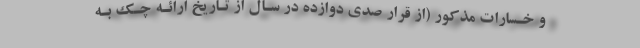
و خـسارات مذکور (از قرار صدی دوازده در سـال از تـاریخ ارائـه چـک بـه